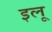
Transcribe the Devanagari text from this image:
इलू